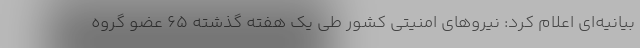
بیانیه‌ای اعلام کرد: نیروهای امنیتی کشور طی یک هفته گذشته 65 عضو گروه